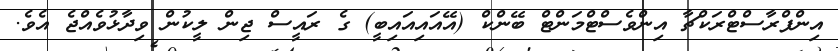
އިންފްރާސްޓްރަކްޗާ އިންވެސްޓްމަންޓް ބޭންކް (އޭއައިއައިބީ) ގެ ރައީސް ޖިން ލީކުން ވިދާޅުވެއްޖެ އެވެ.